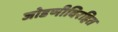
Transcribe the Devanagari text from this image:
जोडणीविरहित